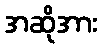
အဆိုအား